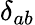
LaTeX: \delta_{ab}